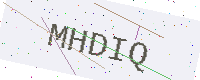
Text: MHDIQ